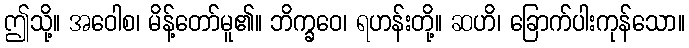
ဤသို့။ အဝေါစ၊ မိန့်တော်မူ၏။ ဘိက္ခဝေ၊ ရဟန်းတို့။ ဆဟိ၊ ခြောက်ပါးကုန်သော။